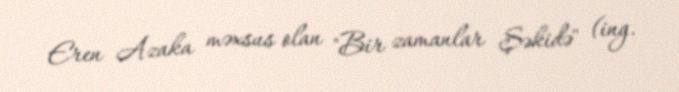
Eren Azaka məxsus olan "Bir zamanlar Şəkidə" (ing.